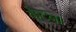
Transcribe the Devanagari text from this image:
केटना